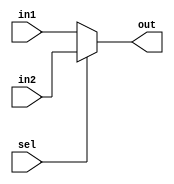
module Mux32(in1,in2,sel,out);
    input [31:0] in1,in2;
    input sel;
    output [31:0] out;

    assign out = (sel == 0) ? in1 : in2;
endmodule